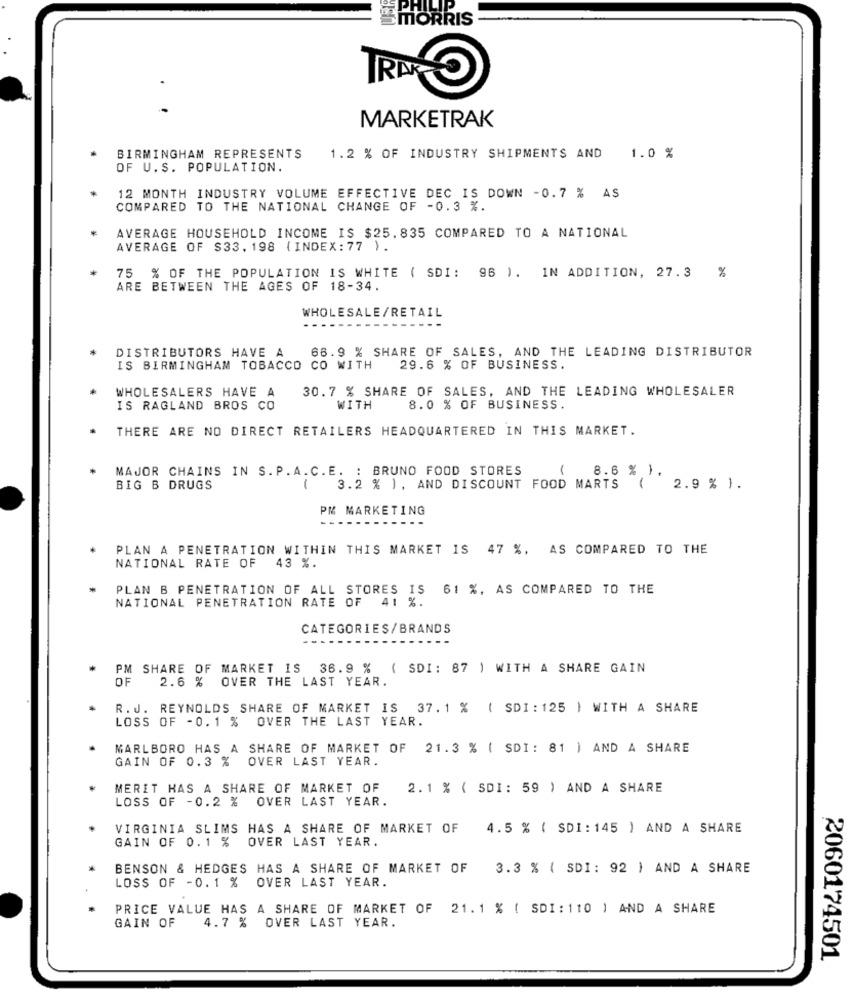
DE PHI
EMORRIS
C
TRAK
MARKETRAK
BIRMINGHAM REPRESENTS
1.2 % OF INDUSTRY SHIPMENTS AND 1.0 %
OF U.S. POPULATION.
12 MONTH INDUSTRY VOLUME EFFECTIVE DEC IS DOWN -0.7 % AS
COMPARED TO THE NATIONAL CHANGE OF -0.3 %.
AVERAGE HOUSEHOLD INCOME IS $25,835 COMPARED TO A NATIONAL
AVERAGE OF $33. 198 ( INDEX:77 ).
75 % OF THE POPULATION IS WHITE ( SDI: 96 ). IN ADDITION, 27.3 %
ARE BETWEEN THE AGES OF 18-34.
WHOLESALE/RETAIL
DISTRIBUTORS HAVE A
66.9 % SHARE OF SALES, AND THE LEADING DISTRIBUTOR
IS BIRMINGHAM TOBACCO CO WITH
29.6 % OF BUSINESS.
WHOLESALERS HAVE A
30.7 % SHARE OF SALES, AND THE LEADING WHOLESALER
IS RAGLAND BROS CO
WITH
8.0 % OF BUSINESS.
THERE ARE NO DIRECT RETAILERS HEADQUARTERED IN THIS MARKET.
MAJOR CHAINS IN S.P.A.C.E. : BRUNO FOOD STORES
8.6 % ).
BIG B DRUGS
-
3.2 % ), AND DISCOUNT FOOD MARTS
2.9 % ).
PM MARKETING
PLAN A PENETRATION WITHIN THIS MARKET IS 47 %, AS COMPARED TO THE
NATIONAL RATE OF 43 %.
PLAN B PENETRATION OF ALL STORES IS
61 %, AS COMPARED TO THE
NATIONAL PENETRATION RATE OF 41 %.
CATEGORIES/BRANDS
PM SHARE OF MARKET IS 36.9 % ( SDI: 87 ) WITH A SHARE GAIN
OF
2.6 % OVER THE LAST YEAR.
R.J. REYNOLDS SHARE OF MARKET IS 37.1 % ( SDI : 125 ) WITH A SHARE
LOSS OF - 0.1 % OVER THE LAST YEAR.
MARLBORO HAS A SHARE OF MARKET OF 21.3 % ( SDI: 81 ) AND A SHARE
GAIN OF 0.3 % OVER LAST YEAR.
MERIT HAS A SHARE OF MARKET OF
2.1 % ( SDI: 59 ) AND A SHARE
LOSS OF -0.2 % OVER LAST YEAR.
VIRGINIA SLIMS HAS A SHARE OF MARKET OF
4.5 % ( SDI : 145 ) AND A SHARE
GAIN OF 0.1 %
OVER LAST YEAR.
BENSON & HEDGES HAS A SHARE OF MARKET OF
3.3 % ( SDI: 92 ) AND A SHARE
LOSS OF -0.1 %
OVER LAST YEAR.
PRICE VALUE HAS A SHARE OF MARKET OF 21.1 % ( SDI : 110 ) AND A SHARE
GAIN OF
4.7 % OVER LAST YEAR.
2060174501